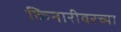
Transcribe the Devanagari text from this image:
किनारीवरच्या